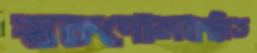
স্বকপোলকল্পিত